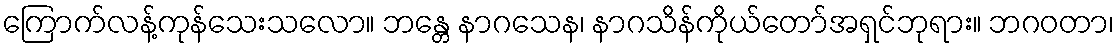
ကြောက်လန့်ကုန်သေးသလော။ ဘန္တေ နာဂသေန၊ နာဂသိန်ကိုယ်တော်အရှင်ဘုရား။ ဘဂဝတာ၊